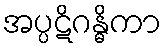
အပ္ပဋိဂန္ဓိကာ